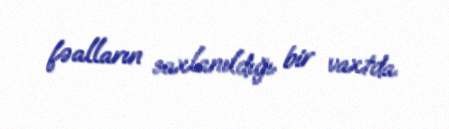
fəalların saxlanıldığı bir vaxtda.